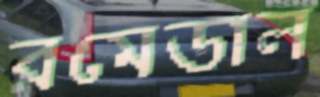
রমেডাল